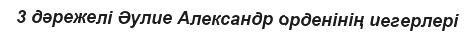
3 дәрежелі Әулие Александр орденінің иегерлері